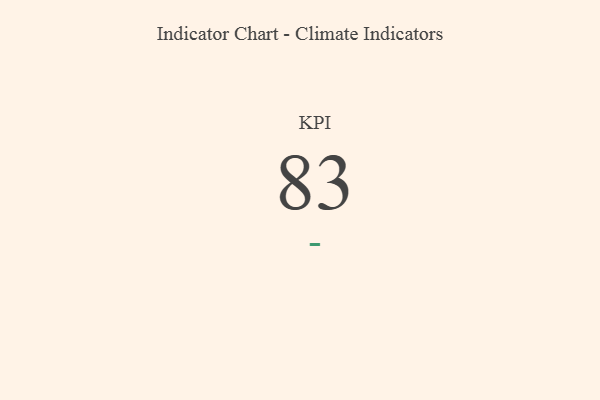
{"axis": {"x": "KPI", "y": "Value"}, "legend": [""], "data": [{"x": "KPI", "y": 83, "type": ""}]}